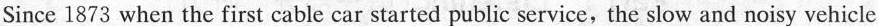
Since 1873 when the first cable car started public service, the slow and noisy vehicle